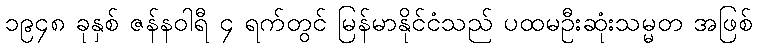
၁၉၄၈ ခုနှစ် ဇန်နဝါရီ ၄ ရက်တွင် မြန်မာနိုင်ငံသည် ပထမဦးဆုံးသမ္မတ အဖြစ်